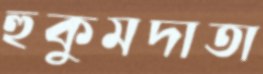
হুকুমদাতা